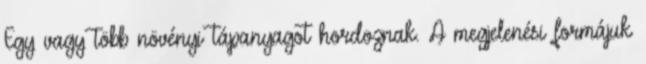
Egy vagy több növényi tápanyagot hordoznak. A megjelenési formájuk